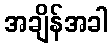
အချိန်အခါ